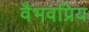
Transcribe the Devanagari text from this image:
वैभवप्रिय